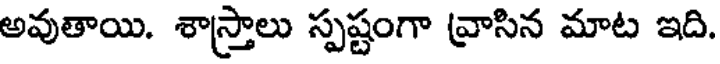
అవుతాయి. శాస్త్రాలు స్పష్టంగా వ్రాసిన మాట ఇది.